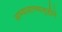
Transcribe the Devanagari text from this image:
अभ्यासाच्यादृष्टीने